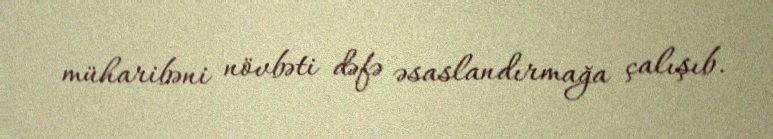
müharibəni növbəti dəfə əsaslandırmağa çalışıb.